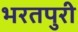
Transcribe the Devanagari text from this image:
भरतपुरी